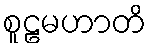
စူဠမဟာတိ